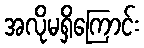
အလိုမရှိကြောင်း